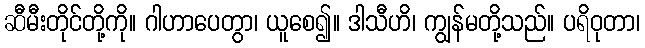
ဆီမီးတိုင်တို့ကို။ ဂါဟာပေတွာ၊ ယူစေ၍။ ဒါသီဟိ၊ ကျွန်မတို့သည်။ ပရိဝုတာ၊